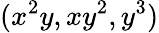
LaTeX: (x^{2}y,xy^{2},y^{3})